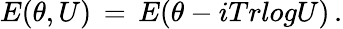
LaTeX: E(\theta,U)\, =\, E(\theta-iTrlogU)\, .